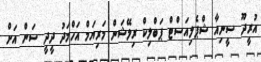
އުރީދޫ ސީނިއާ ޝްޕެލިއަސްޓް ޕަބްލިކް ރިލޭޝަން މަރިޔަމް އަހްމަދު ދީދީ ސަން އަށް